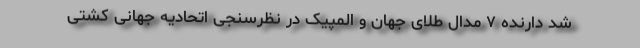
شد دارنده ۷ مدال طلای جهان و المپیک در نظرسنجی اتحادیه جهانی کشتی